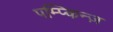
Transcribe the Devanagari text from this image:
पम्प्किन्ज़